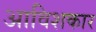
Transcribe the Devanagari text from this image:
अाविशकार